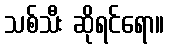
သစ်သီး ဆိုရင်ရော။